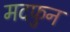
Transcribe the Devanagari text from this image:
मदफुन